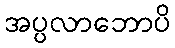
အပ္ပလာဘောပိ